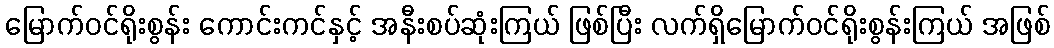
မြောက်ဝင်ရိုးစွန်း ကောင်းကင်နှင့် အနီးစပ်ဆုံးကြယ် ဖြစ်ပြီး လက်ရှိမြောက်ဝင်ရိုးစွန်းကြယ် အဖြစ်